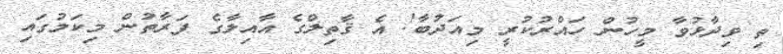
ތި ވިދާޅުވާ މީހުން ހައްރުކުރީ މިއަދުބާ! އެ ޤާތިލްގެ އާއިލާގެ ފަރާތުން މިކަމުގައި